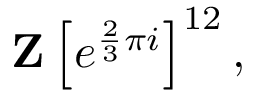
\mathbf { Z } \left[ e ^ { { \frac { 2 } { 3 } } \pi i } \right] ^ { 1 2 } ,